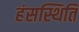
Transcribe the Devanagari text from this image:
हंसस्थिति